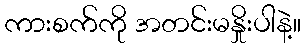
ကားစက်ကို အတင်းမနှိုးပါနဲ့။